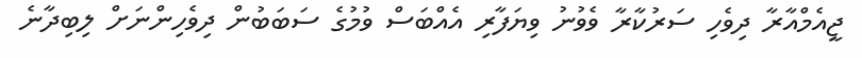
ޖީއެމްއާރާ ދިވެހި ސަރުކާރާ ވެވުނު ވިޔަފާރި އެއްބަސް ވުމުގެ ސަބަބުން ދިވެހިންނަށް ލިބިދާނެ